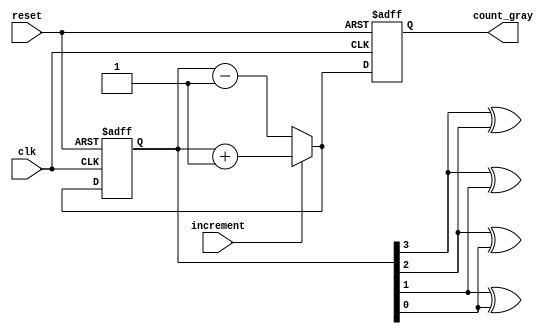
module gray_counter (
    input wire clk,
    input wire reset,
    input wire increment,
    output reg [3:0] count_gray
);

reg [3:0] count_bin;
wire [3:0] next_count_bin;

always @(posedge clk or posedge reset) begin
    if (reset) begin
        count_bin <= 4'b0000;
    end else begin
        count_bin <= increment ? count_bin + 1 : count_bin - 1;
    end
end

assign next_count_bin = increment ? count_bin + 1 : count_bin - 1;

assign count_gray[3] = count_bin[3] ^ count_bin[2];
assign count_gray[2] = count_bin[3] ^ count_bin[1];
assign count_gray[1] = count_bin[2] ^ count_bin[0];
assign count_gray[0] = count_bin[1] ^ count_bin[0];

always @(posedge clk or posedge reset) begin
    if (reset) begin
        count_gray <= 4'b0000;
    end else begin
        count_gray <= next_count_bin[3:0];
    end
end

endmodule